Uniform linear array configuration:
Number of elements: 32
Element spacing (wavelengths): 0.75
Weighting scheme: kaiser
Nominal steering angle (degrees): -15
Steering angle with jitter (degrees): -13.436
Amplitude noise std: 0.05
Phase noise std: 0.05

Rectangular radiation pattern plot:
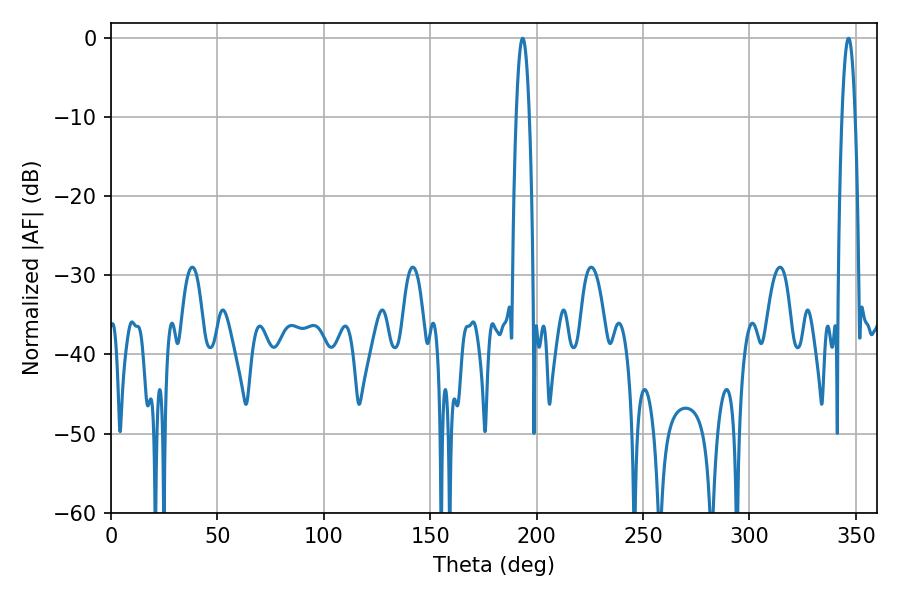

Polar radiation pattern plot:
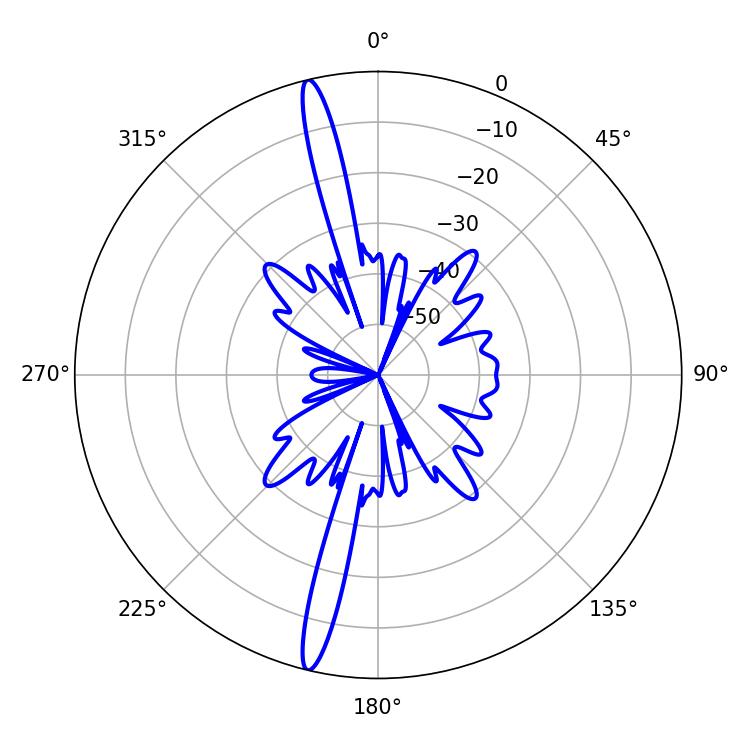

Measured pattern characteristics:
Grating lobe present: TRUE
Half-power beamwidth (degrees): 3.42
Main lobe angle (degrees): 193.5